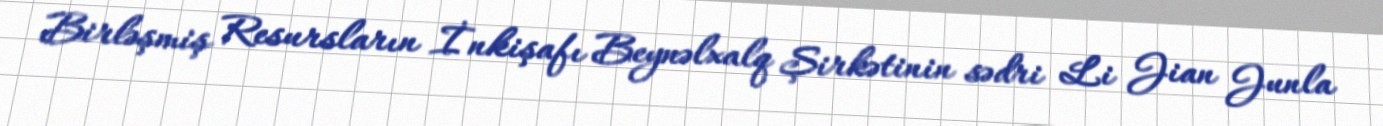
Birləşmiş Resursların İnkişafı Beynəlxalq Şirkətinin sədri Li Jian Junla